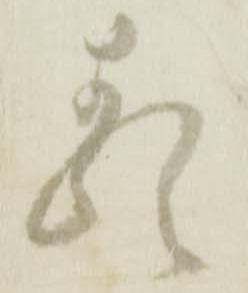
類